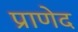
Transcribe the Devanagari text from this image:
प्राणेद